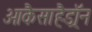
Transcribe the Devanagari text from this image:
ओकैसाहैड्रॉन